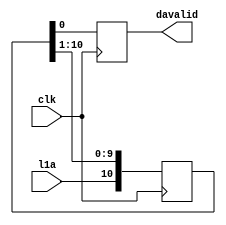
// This  Verilog HDL  source  file was  automatically generated
// by C++ model based on VPP library. Modification of this file
// is possible, but if you want to keep it in sync with the C++
// model,  please  modify  the model and re-generate this file.
// VPP library web-page: http://www.phys.ufl.edu/~madorsky/vpp/

// Timestamp : Tue Apr 19 16:45:39 2022

module davgen
(
    l1a,
    davalid,
    clk
);

    input l1a;
    output davalid;
    reg    davalid;
    input clk;

    reg [10:0] l1a_sh;
    always @(posedge clk) 
    begin
        davalid = l1a_sh[0];
        l1a_sh = {l1a, l1a_sh[10:1]};
    end
endmodule